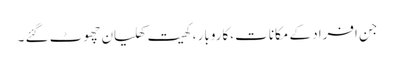
جن افراد کے مکانات ،کاروبار ، کھیت کھلیان چھوٹ گئے ۔